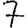
Digit: 7